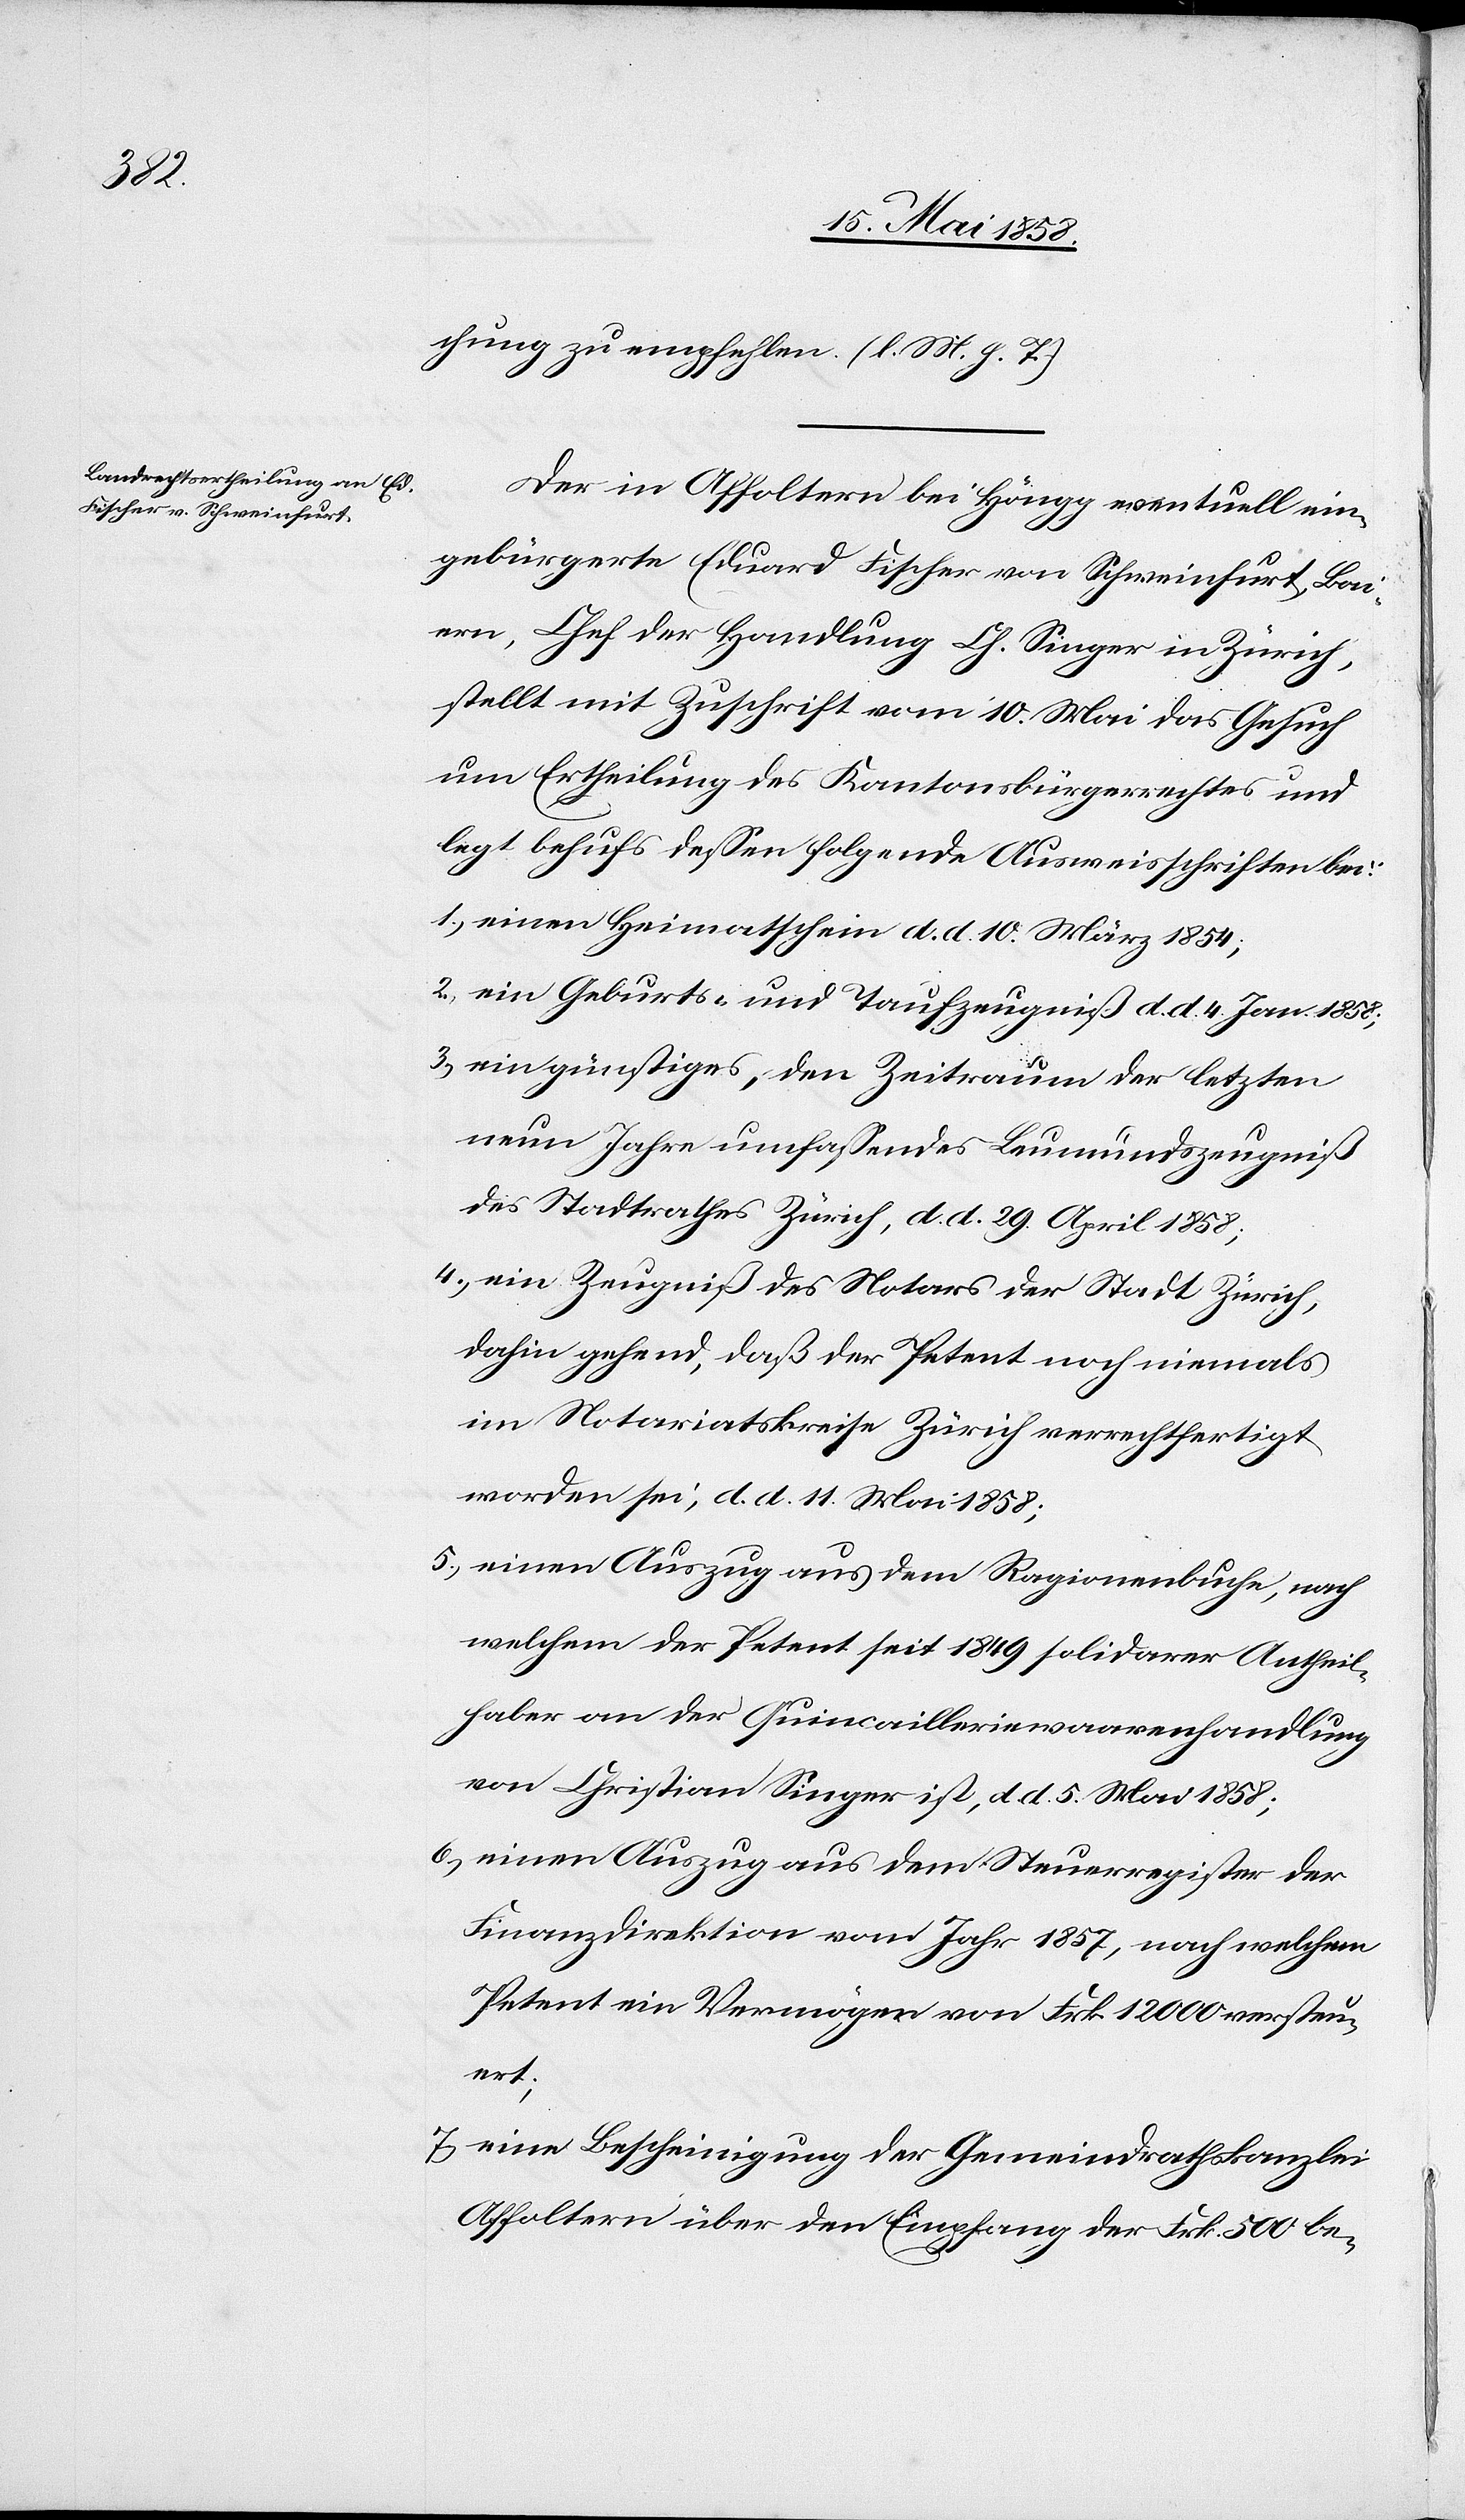
chung zu empfehlen. (l. M. h. t.)
Der in Affoltern bei Höngg eventuell ein¬
gebürgerte Eduard Fischer von Schweinfurt, Bai¬
ern, Chef der Handlung Ch. Singer in Zürich,
stellt mit Zuschrift vom 10. Mai das Gesuch
um Ertheilung des Kantonsbürgerrechtes und
legt behufs dessen folgende Ausweisschriften bei:
1) einen Heimatschein d. d. 10. März 1854;
2) ein Geburts- und Taufzeugniß d. d. 4. Jan. 1858;
3) ein günstiges, den Zeitraum der letzten
neuen Jahre umfassendes Leumundszeugniß
des Stadtrathes Zürich, d. d. 29. April 1858;
4) ein Zeugniß des Notars der Stadt Zürich,
dahin gehend, daß der Petent noch niemals
im Notariatskreise Zürich verrechtfertigt
worden sei, d. d. 11. Mai 1858;
5) einen Auszug aus dem Ragionenbuche, nach
welchem der Petent seit 1849 solidarer Antheil¬
haber an der Quincailleriewaarenhandlung
von Christian Singer ist, d. d. 5. Mai 1858;
6) einen Auszug aus dem Steuerregister der
Finanzdirektion vom Jahr 1857, nach welchem
Petent ein Vermögen von Frk. 12 000 versteu¬
ert;
7) eine Bescheinigung der Gemeindrathskanzlei
Affoltern über den Empfang der Frk. 500 be-